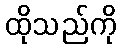
ထိုသည်ကို